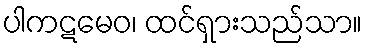
ပါကဋမေဝ၊ ထင်ရှားသည်သာ။